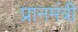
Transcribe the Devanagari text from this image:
प्रानमंत्री